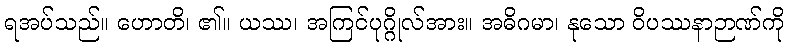
ရအပ်သည်။ ဟောတိ၊ ၏။ ယဿ၊ အကြင်ပုဂ္ဂိုလ်အား။ အဓိဂမာ၊ နုသော ဝိပဿနာဉာဏ်ကို